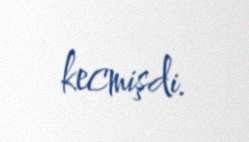
kecmişdi.